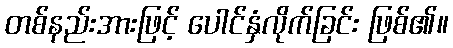
တစ်နည်းအားဖြင့် ပေါင်နှံလိုက်ခြင်း ဖြစ်၏။